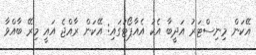
އޭކަން މިނިސްޓަރު އަދީބާ އެކު އެއާޕޯޓުގައި: އޭކަން ރާއްޖެ އައީ މިރޭ ބާއްވާ